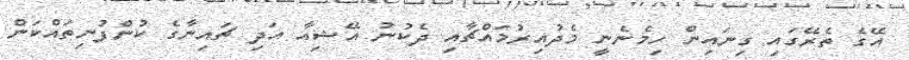
އޭގެ ތެރޭގައި ގިނައިން ހިމެނެނީ މެދުއިރުމައްޗާއި ދެކުނު އޭޝިއާ އަދި ޗައިނާގެ ކުންފުނިތައްކަން